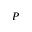
P